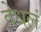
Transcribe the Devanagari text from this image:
वेधलं